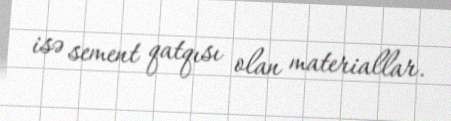
isə sement qatqısı olan materiallar.